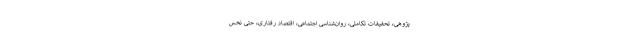
پژوهی، تحقیقات تکاملی، روان‌شناسی اجتماعی، اقتصاد رفتاری، حتی نخس